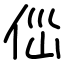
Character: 㑎